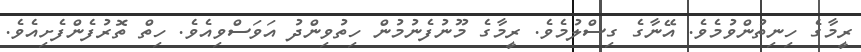
ރީމާގެ ހިނިތުންވުމެވެ. އޭނާގެ ގިސްލުމެވެ. ރީމާގެ މޫނުފެނުމުން ހިތުވިންދު އަވަސްވިއެވެ. ހިތް ތޮރުފެންފެށިއެވެ.